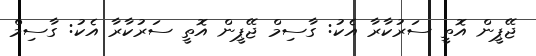
ޖޭޕީން އޮތީ ސަރުކާރާ އެކު: ގާސިމް ޖޭޕީން އޮތީ ސަރުކާރާ އެކު: ގާސިމް